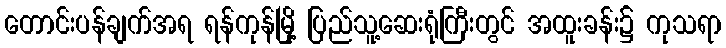
တောင်းပန်ချက်အရ ရန်ကုန်မြို့ ပြည်သူ့ဆေးရုံကြီးတွင် အထူးခန်း၌ ကုသရာ